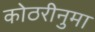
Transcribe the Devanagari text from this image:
कोठरीनुमा